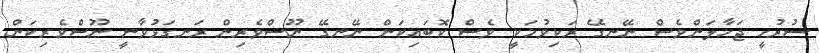
ސުރުހީ ޖަހާލަންވެސް ނޭނގޭ ރަކިވުމަކީ ވެސް ކޮބައިކަން ނޭނގޭ ނޫސްވެރިން ރަނގަޅުވާނީ ނޫސްވެރިކަން